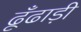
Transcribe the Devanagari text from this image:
ढूँढाड़ी